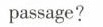
passage?